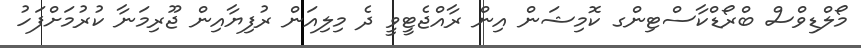
މޯލްޑިވްސް ބްރޯޑްކާސްޓިންގ ކޮމިޝަން އިން ރާއްޖެޓީވީ ދެ މިލިއަން ރުފިޔާއިން ޖޫރިމަނާ ކުރުމަށްފަހު